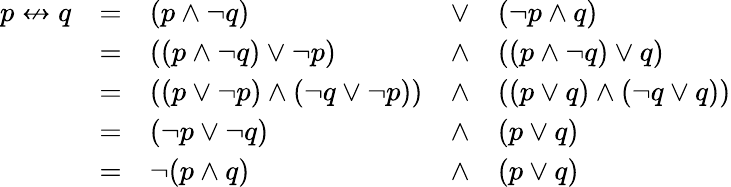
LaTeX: {\begin{array}{lllll}{p\nleftrightarrow q}&{=}&{(p\land\lnot q)}&{\lor}&{(\lnot p\land q)}\\ &{=}&{((p\land\lnot q)\lor\lnot p)}&{\land}&{((p\land\lnot q)\lor q)}\\ &{=}&{((p\lor\lnot p)\land(\lnot q\lor\lnot p))}&{\land}&{((p\lor q)\land(\lnot q\lor q))}\\ &{=}&{(\lnot p\lor\lnot q)}&{\land}&{(p\lor q)}\\ &{=}&{\lnot(p\land q)}&{\land}&{(p\lor q)}\end{array}}